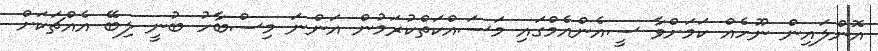
އޮންލައިން ނޫހެއް ކަމަށްވާ ސީއެންއެމްގައި މަސައްކަތްކުރަމުން އަންނަ މިސްބާހު ބުނީ ލިބޭ އެއްޗަކަށް